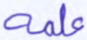
علمه